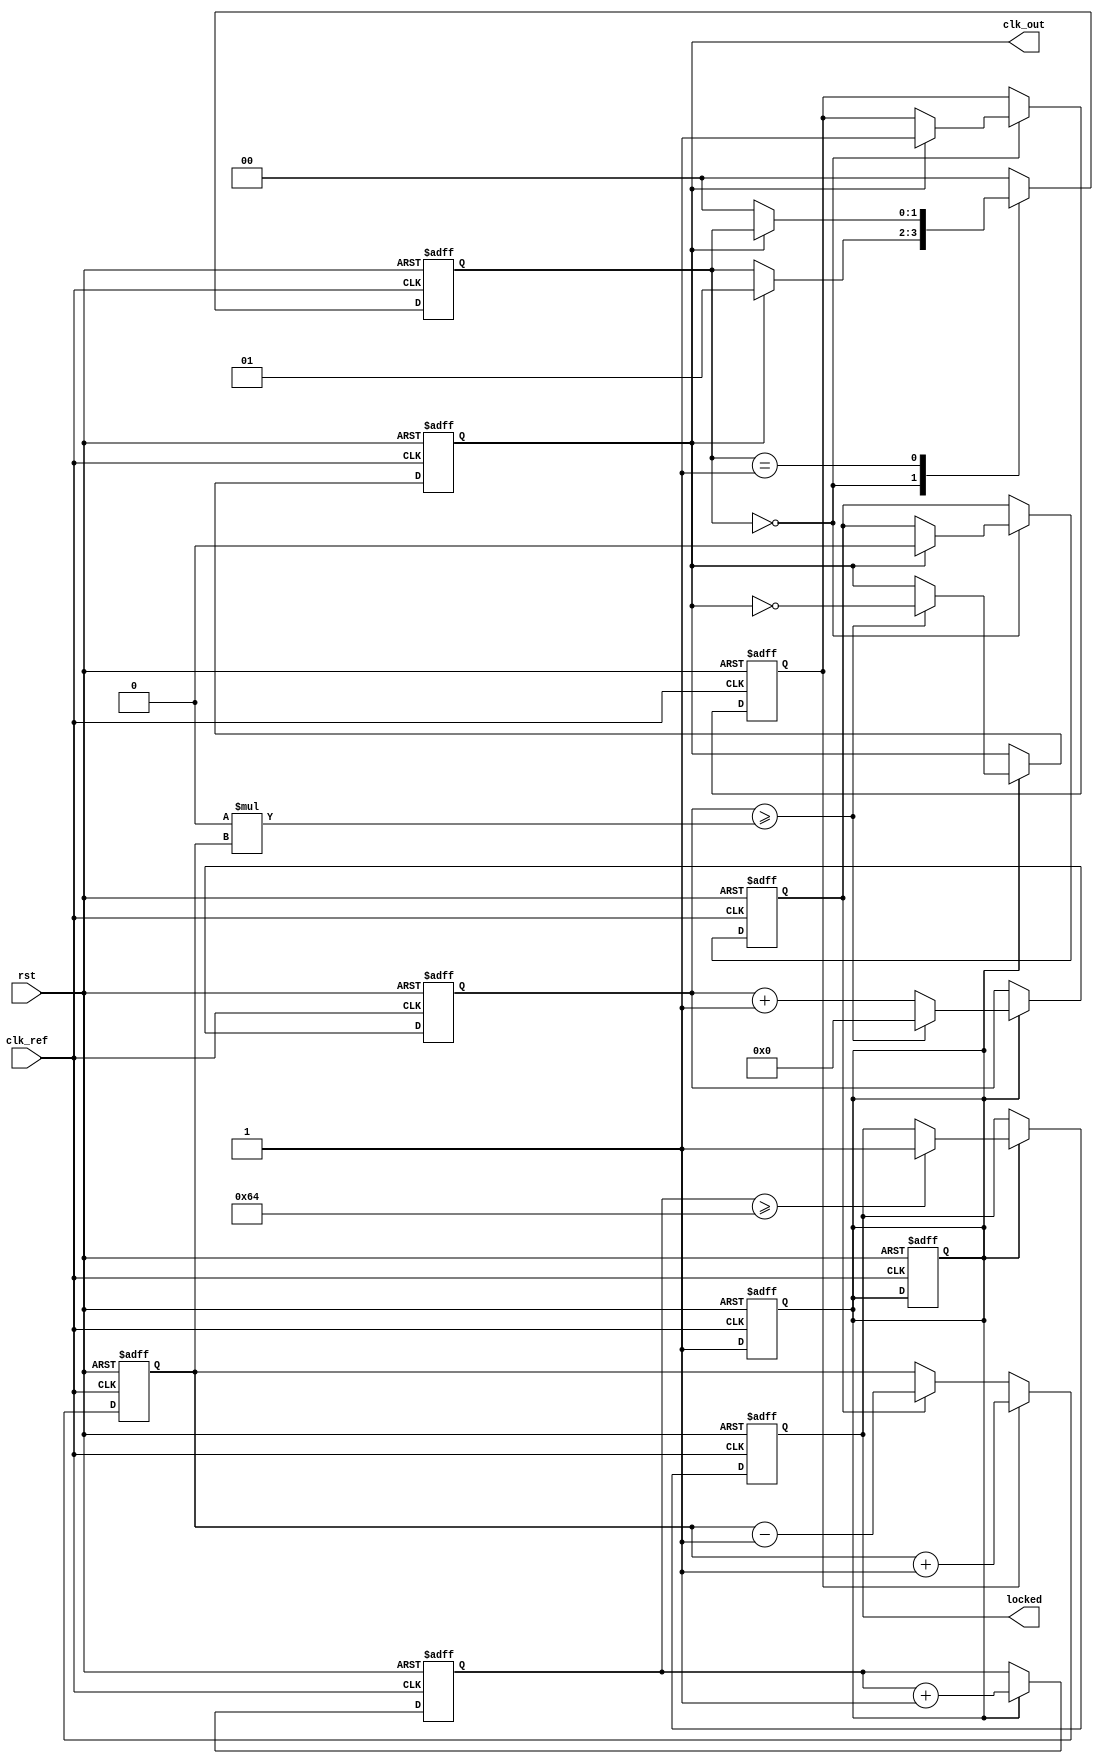
module parameterized_PLL #(
    parameter INPUT_FREQUENCY = 50_000_000, // Reference clock frequency in Hz
    parameter OUTPUT_FREQUENCY = 100_000_000, // Desired output clock frequency in Hz
    parameter FEEDBACK_DIVIDER = 2, // Divider for feedback path
    parameter PHASE_OFFSET = 0, // Phase offset in degrees
    parameter LOCK_TIME = 100 // Lock time in ns
)(
    input wire clk_ref, // Reference clock input
    input wire rst, // Reset signal
    output reg clk_out, // Output clock signal
    output reg locked // Lock status signal
);

    // Internal signals
    reg [1:0] state; // State for phase comparator
    reg up, down; // Signals from Phase Frequency Detector (PFD)
    reg [15:0] control_voltage; // Control voltage for VCO
    reg [31:0] vco_count; // VCO counter
    reg [31:0] feedback_count; // Feedback counter
    reg [31:0] lock_counter; // Lock detection counter
    reg vco_running; // VCO running state

    // Phase Frequency Detector (PFD)
    always @(posedge clk_ref or posedge rst) begin
        if (rst) begin
            state <= 2'b00;
            up <= 0;
            down <= 0;
        end else begin
            case (state)
                2'b00: begin // Waiting for rising edge of clk_ref
                    if (clk_out) begin
                        up <= 1;
                        down <= 0;
                        state <= 2'b01;
                    end
                end
                2'b01: begin // Detecting clk_out rising edge
                    if (!clk_out) begin
                        state <= 2'b00; // Reset state
                    end
                end
                default: begin
                    state <= 2'b00;
                end
            endcase
        end
    end

    // Charge Pump
    always @(posedge clk_ref or posedge rst) begin
        if (rst) begin
            control_voltage <= 16'b0;
        end else begin
            if (up) begin
                control_voltage <= control_voltage + 1;
            end else if (down) begin
                control_voltage <= control_voltage - 1;
            end
        end
    end

    // Voltage-Controlled Oscillator (VCO)
    always @(posedge clk_ref or posedge rst) begin
        if (rst) begin
            vco_count <= 32'b0;
            clk_out <= 0;
            vco_running <= 0;
        end else begin
            if (vco_running) begin
                vco_count <= vco_count + 1;
                if (vco_count >= (INPUT_FREQUENCY / OUTPUT_FREQUENCY) * control_voltage) begin
                    clk_out <= ~clk_out;
                    vco_count <= 32'b0;
                end
            end
        end
    end

    // Feedback Divider
    always @(posedge clk_out or posedge rst) begin
        if (rst) begin
            feedback_count <= 32'b0;
        end else begin
            feedback_count <= feedback_count + 1;
            if (feedback_count >= FEEDBACK_DIVIDER) begin
                feedback_count <= 32'b0;
                // This is where feedback logic would go (not implemented)
            end
        end
    end

    // Lock Detection Logic
    always @(posedge clk_ref or posedge rst) begin
        if (rst) begin
            locked <= 0;
            lock_counter <= 32'b0;
        end else begin
            if (vco_running) begin
                lock_counter <= lock_counter + 1;
                if (lock_counter >= LOCK_TIME) begin
                    locked <= 1; // PLL is locked
                end
            end
        end
    end

    // Start VCO when PLL is reset
    always @(posedge clk_ref or posedge rst) begin
        if (rst) begin
            vco_running <= 0;
        end else begin
            vco_running <= 1; // Enable VCO
        end
    end

endmodule